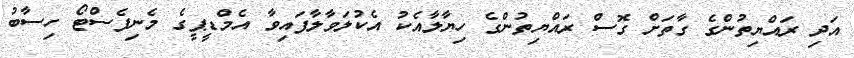
އަދި ރައްޔިތުންގެ ގާތަށް ގޮސް ރައްޔިތުންގެ ހިޔާލާއެކު އެކުލަވާލާފައިވާ އެމްޑީޕީގެ މެނިފެސްޓޯ ހިސާބު